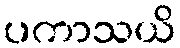
ပကာသယိ